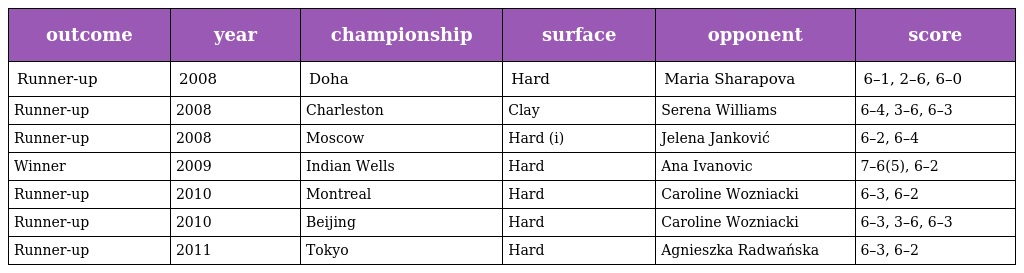
| outcome | year | championship | surface | opponent | score |
 | --- | --- | --- | --- | --- | --- |
 | Runner-up | 2008 | Doha | Hard | Maria Sharapova | 6–1, 2–6, 6–0 |
 | Runner-up | 2008 | Charleston | Clay | Serena Williams | 6–4, 3–6, 6–3 |
 | Runner-up | 2008 | Moscow | Hard (i) | Jelena Janković | 6–2, 6–4 |
 | Winner | 2009 | Indian Wells | Hard | Ana Ivanovic | 7–6(5), 6–2 |
 | Runner-up | 2010 | Montreal | Hard | Caroline Wozniacki | 6–3, 6–2 |
 | Runner-up | 2010 | Beijing | Hard | Caroline Wozniacki | 6–3, 3–6, 6–3 |
 | Runner-up | 2011 | Tokyo | Hard | Agnieszka Radwańska | 6–3, 6–2 |